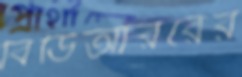
বিডিআররের